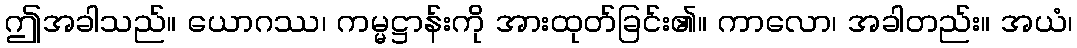
ဤအခါသည်။ ယောဂဿ၊ ကမ္မဋ္ဌာန်းကို အားထုတ်ခြင်း၏။ ကာလော၊ အခါတည်း။ အယံ၊